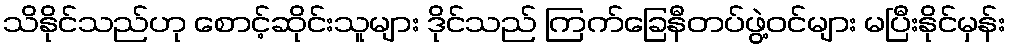
သိနိုင်သည်ဟု စောင့်ဆိုင်းသူများ ဒိုင်သည် ကြက်ခြေနီတပ်ဖွဲ့ဝင်များ မပြီးနိုင်မှန်း